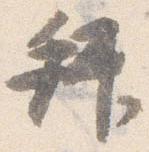
拝